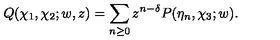
Q ( \chi _ { 1 } , \chi _ { 2 } ; w , z ) = \sum _ { n \geq 0 } z ^ { n - \delta } P ( \eta _ { n } , \chi _ { 3 } ; w ) .